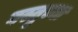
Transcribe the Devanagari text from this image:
वस्तुच्या